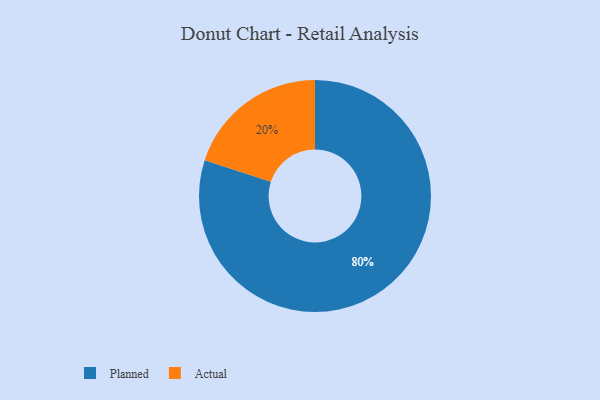
{"axis": {"x": "Category", "y": "Percentage"}, "legend": ["Actual", "Planned"], "data": [{"x": "Planned", "y": 80, "type": "Planned"}, {"x": "Actual", "y": 20, "type": "Actual"}]}